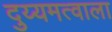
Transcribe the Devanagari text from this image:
दुय्यमत्वाला